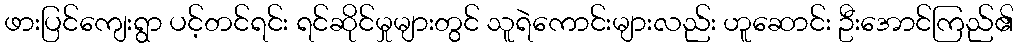
ဖားပြင်ကျေးရွာ ပင့်တင်ရင်း ရင်ဆိုင်မှုများတွင် သူရဲကောင်းများလည်း ဟူဆောင်း ဦးအောင်ကြည်၏